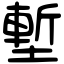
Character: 塹